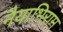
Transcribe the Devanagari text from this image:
नैयाभिराम